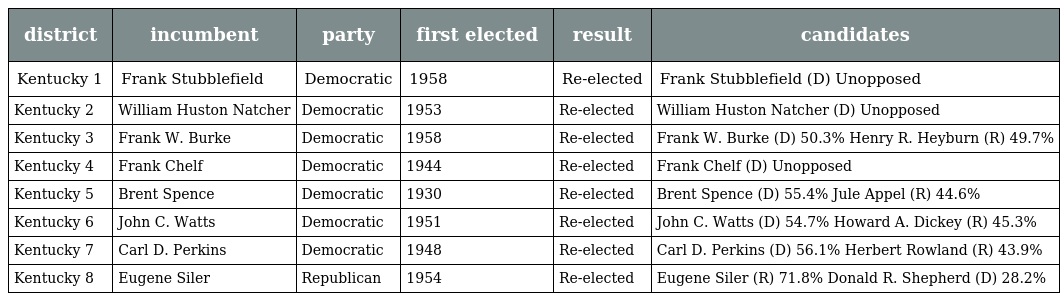
| district | incumbent | party | first elected | result | candidates |
 | --- | --- | --- | --- | --- | --- |
 | Kentucky 1 | Frank Stubblefield | Democratic | 1958 | Re-elected | Frank Stubblefield (D) Unopposed |
 | Kentucky 2 | William Huston Natcher | Democratic | 1953 | Re-elected | William Huston Natcher (D) Unopposed |
 | Kentucky 3 | Frank W. Burke | Democratic | 1958 | Re-elected | Frank W. Burke (D) 50.3% Henry R. Heyburn (R) 49.7% |
 | Kentucky 4 | Frank Chelf | Democratic | 1944 | Re-elected | Frank Chelf (D) Unopposed |
 | Kentucky 5 | Brent Spence | Democratic | 1930 | Re-elected | Brent Spence (D) 55.4% Jule Appel (R) 44.6% |
 | Kentucky 6 | John C. Watts | Democratic | 1951 | Re-elected | John C. Watts (D) 54.7% Howard A. Dickey (R) 45.3% |
 | Kentucky 7 | Carl D. Perkins | Democratic | 1948 | Re-elected | Carl D. Perkins (D) 56.1% Herbert Rowland (R) 43.9% |
 | Kentucky 8 | Eugene Siler | Republican | 1954 | Re-elected | Eugene Siler (R) 71.8% Donald R. Shepherd (D) 28.2% |